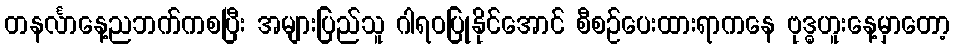
တနင်္လာနေ့ညဘက်ကစပြီး အများပြည်သူ ဂါရဝပြုနိုင်အောင် စီစဉ်ပေးထားရာကနေ ဗုဒ္ဓဟူးနေ့မှာတော့